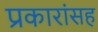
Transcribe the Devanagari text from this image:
प्रकारांसह